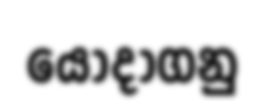
යොදාගනු